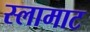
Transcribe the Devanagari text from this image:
स्लामाट